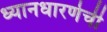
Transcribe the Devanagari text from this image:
ध्यानधारणेची